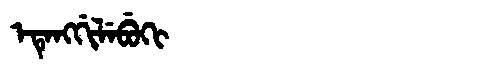
Manchu: ᡝᡨᡝᠩᡤᡳᠯᡝᠪᡠᡴᡳ
Romanization: ETENGGILEBUKI